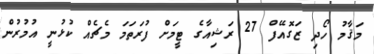
މަޤާމު ހޯދި ޒަގޮއޭފް 27 ރަޝިއާގެ ޓީމަށް ފުރަތަމަ މެޗެއް ކުޅުނީ އުމުރުން